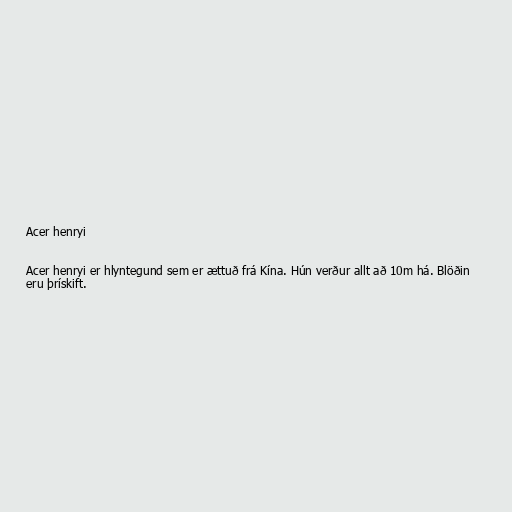
Acer henryi

Acer henryi er hlyntegund sem er ættuð frá Kína. Hún verður allt að 10m há. Blöðin
eru þrískift.